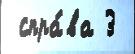
 спра́ва 3